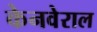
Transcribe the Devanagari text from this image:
केनवेराल